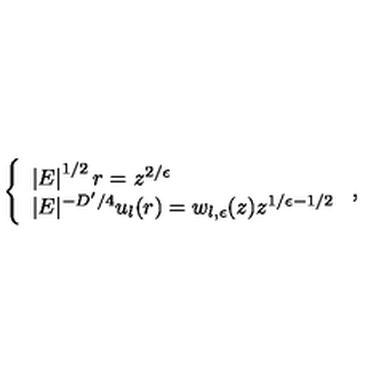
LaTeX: \left\{ \begin{array} { l } { \left| E \right| ^ { 1 / 2 } r = z ^ { 2 / \epsilon } } \\ { | E | ^ { - D ^ { \prime } / 4 } u _ { l } ( r ) = w _ { l , \epsilon } ( z ) z ^ { 1 / \epsilon - 1 / 2 } } \\ \end{array} \right. ,